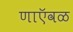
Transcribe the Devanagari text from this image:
णाऍवळ